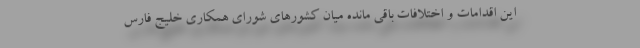
این اقدامات و اختلافات باقی مانده میان کشورهای شورای همکاری خلیج فارس